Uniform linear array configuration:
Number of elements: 24
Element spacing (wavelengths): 0.5
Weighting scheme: binomial
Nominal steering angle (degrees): -45
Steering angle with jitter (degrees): -44.251
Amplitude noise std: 0.05
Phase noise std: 0.05

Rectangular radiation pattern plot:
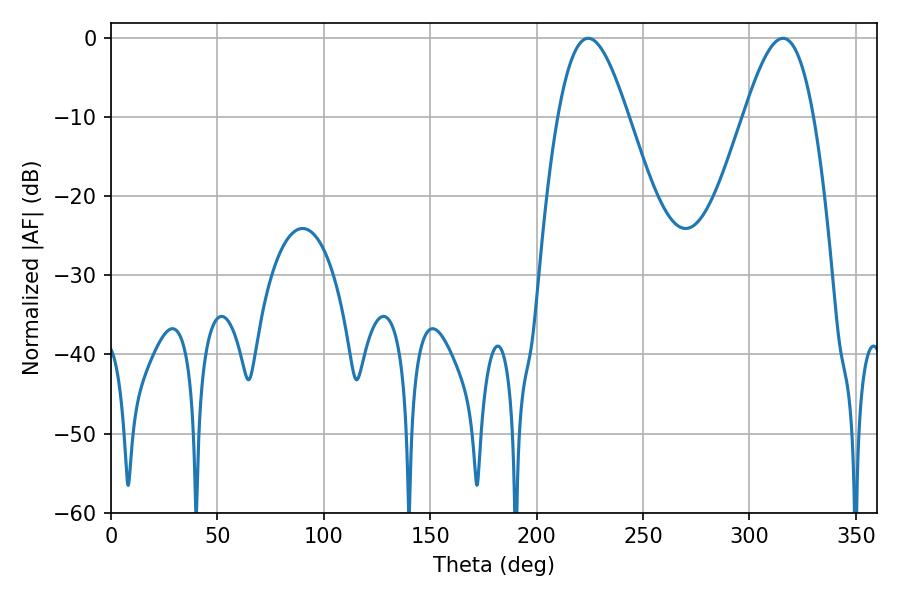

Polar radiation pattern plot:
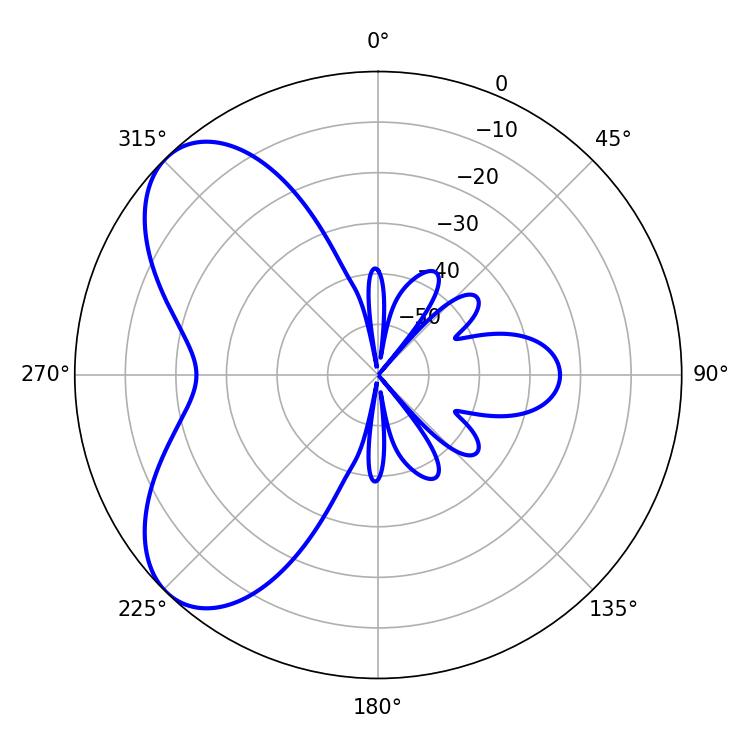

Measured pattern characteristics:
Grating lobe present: FALSE
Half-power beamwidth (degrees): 17.82
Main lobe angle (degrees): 224.28